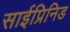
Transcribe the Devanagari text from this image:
साईप्रिनिड